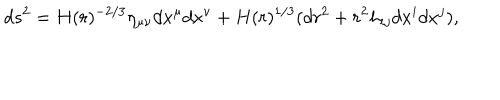
d s ^ { 2 } = H ( r ) ^ { - 2 / 3 } \eta _ { \mu \nu } d x ^ { \mu } d x ^ { \nu } + H ( r ) ^ { 1 / 3 } ( d r ^ { 2 } + r ^ { 2 } h _ { i j } d x ^ { i } d x ^ { j } ) ,